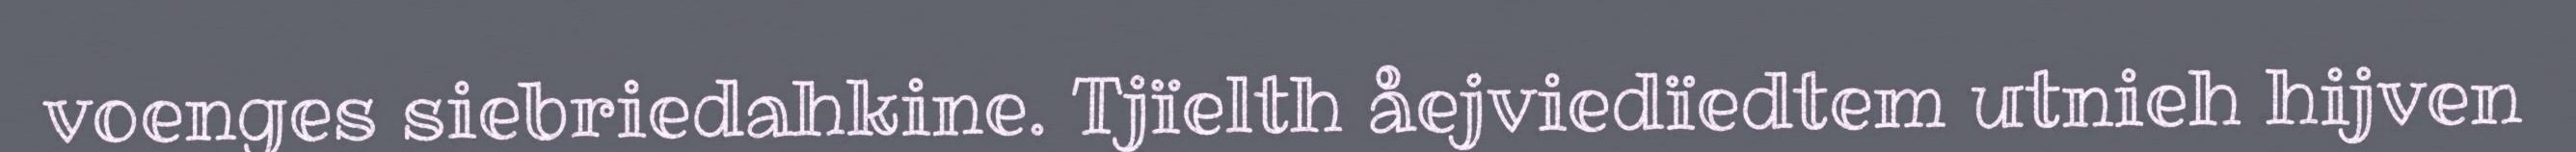
voenges siebriedahkine. Tjïelth åejviedïedtem utnieh hijven